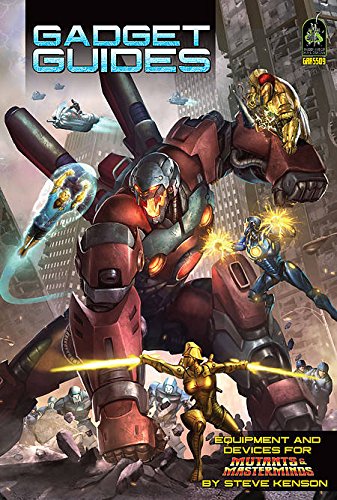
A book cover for Mutants and Masterminds Gadget Guides; Science Fiction & Fantasy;